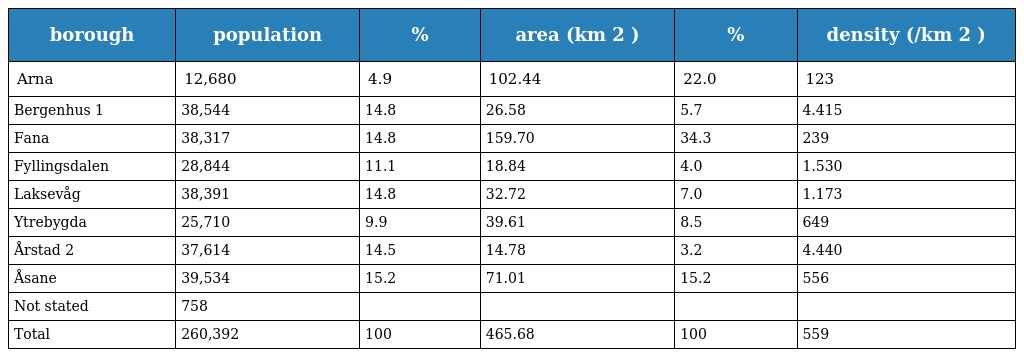
| borough | population | % | area (km 2 ) | % | density (/km 2 ) |
 | --- | --- | --- | --- | --- | --- |
 | Arna | 12,680 | 4.9 | 102.44 | 22.0 | 123 |
 | Bergenhus 1 | 38,544 | 14.8 | 26.58 | 5.7 | 4.415 |
 | Fana | 38,317 | 14.8 | 159.70 | 34.3 | 239 |
 | Fyllingsdalen | 28,844 | 11.1 | 18.84 | 4.0 | 1.530 |
 | Laksevåg | 38,391 | 14.8 | 32.72 | 7.0 | 1.173 |
 | Ytrebygda | 25,710 | 9.9 | 39.61 | 8.5 | 649 |
 | Årstad 2 | 37,614 | 14.5 | 14.78 | 3.2 | 4.440 |
 | Åsane | 39,534 | 15.2 | 71.01 | 15.2 | 556 |
 | Not stated | 758 |  |  |  |  |
 | Total | 260,392 | 100 | 465.68 | 100 | 559 |